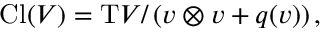
\operatorname { C l } ( V ) = \mathrm { T } V / \left( v \otimes v + q ( v ) \right) ,